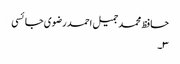
حافظ محمد جمیل احمد رضوی جائسی
۳۔